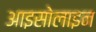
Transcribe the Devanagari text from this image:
आइसोलाइन